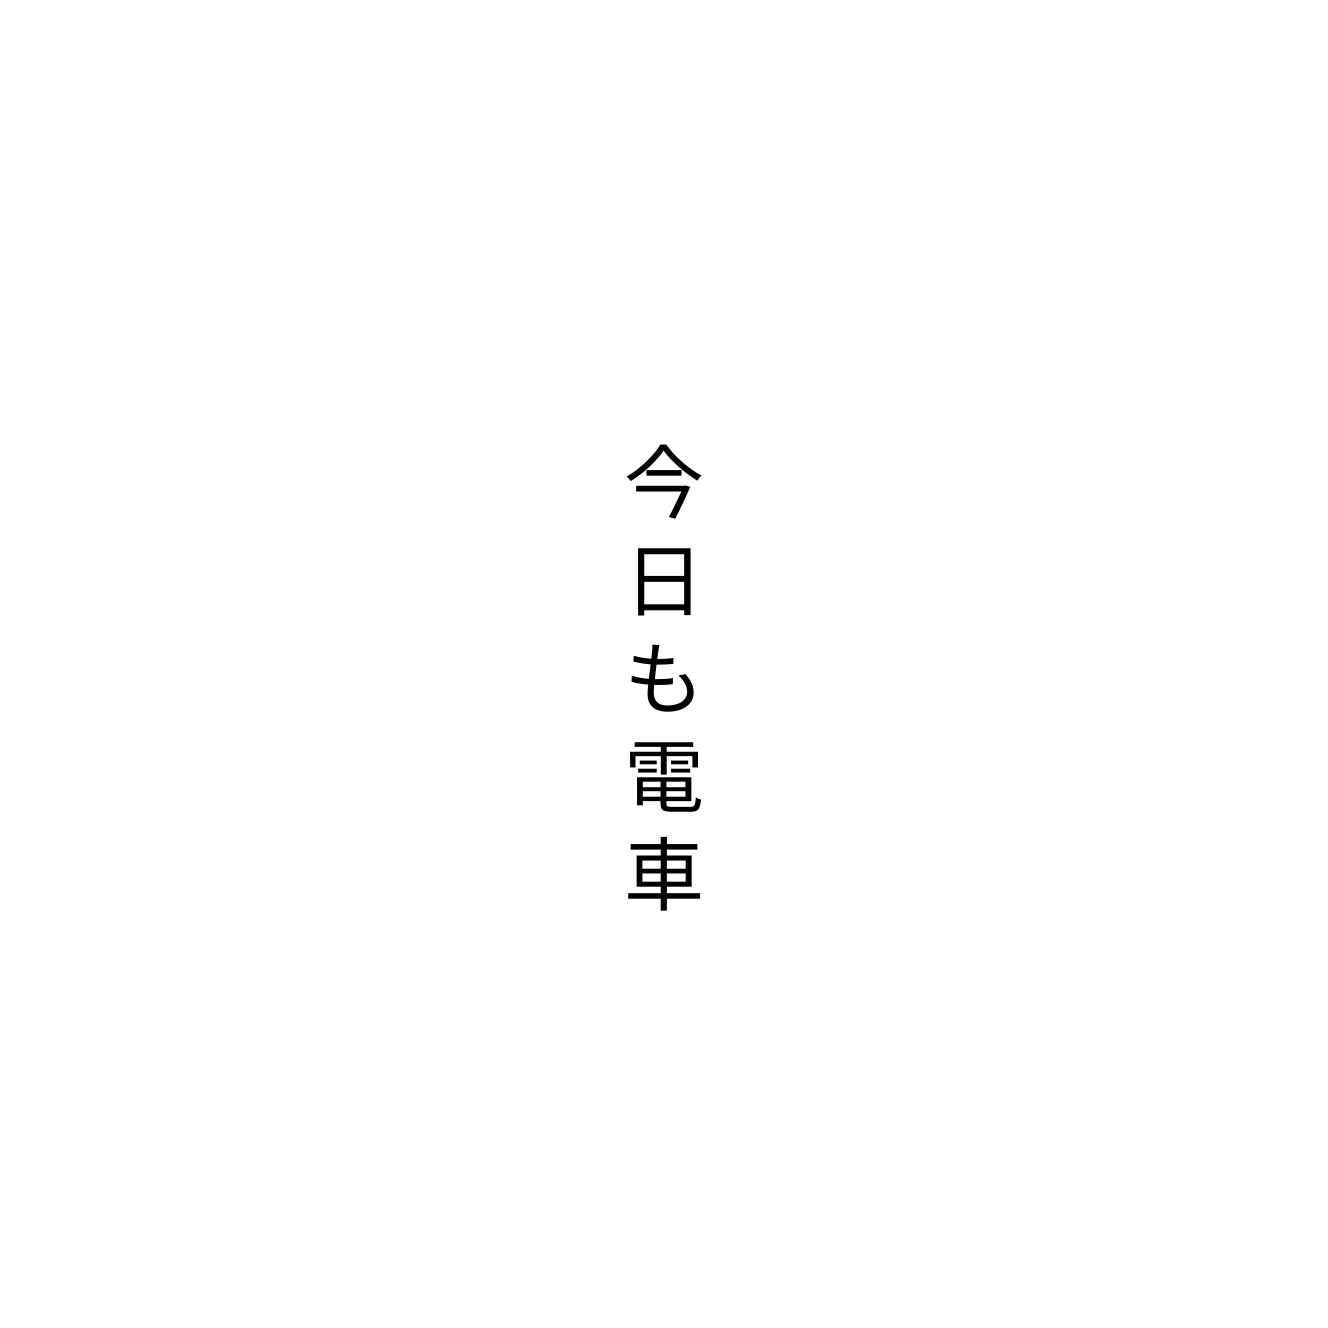
今日も電車